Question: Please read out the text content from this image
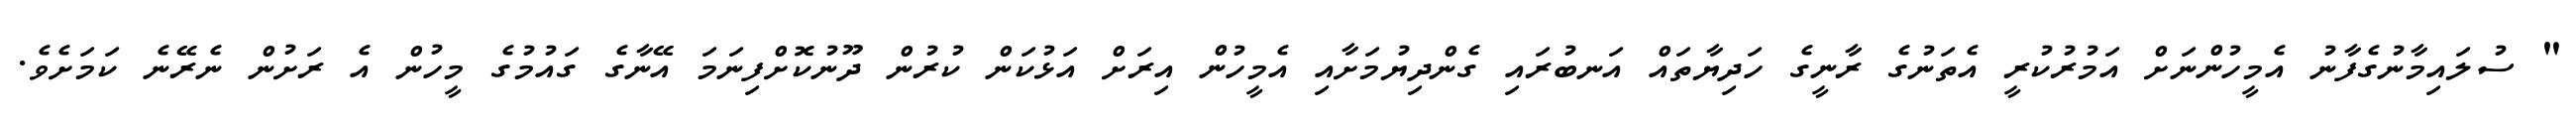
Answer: " ސުލައިމާނުގެފާނު އެމީހުންނަށް އަމުރުކުރީ އެތަނުގެ ރާނީގެ ހަދިޔާތައް އަނބުރައި ގެންދިޔުމަށާއި އެމީހުން އިރަށް އަޅުކަން ކުރުން ދޫނުކޮށްފިނަމަ އޭނާގެ ގައުމުގެ މީހުން އެ ރަށުން ނެރޭނެ ކަމަށެވެ.